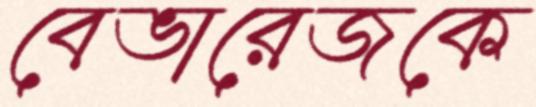
বেভারেজকে